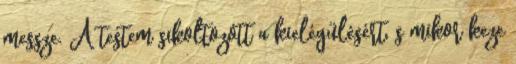
messze. A testem sikoltozott a kielégülésért, s mikor keze